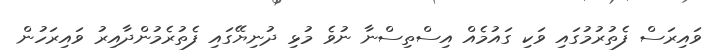
ވައިރަސް ފެތުރުމުގައި ވަކި ގައުމެއް އިސްތިސްނާ ނުވެ މުޅި ދުނިޔޭގައި ފެތުރެމުންދާއިރު ވައިރަހުން